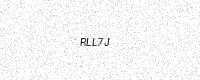
Text: RLL7J